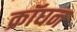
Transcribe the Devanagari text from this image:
क्रॉघन